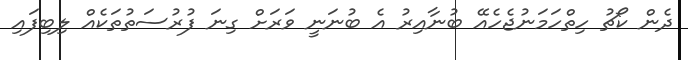
ދެން ކޯޗު ހިތްހަމަނުޖެހެއޭ ބުނާއިރު އެ ބުނަނީ ވަރަށް ގިނަ ފުރުސަތުތަކެއް ލިބިފައި